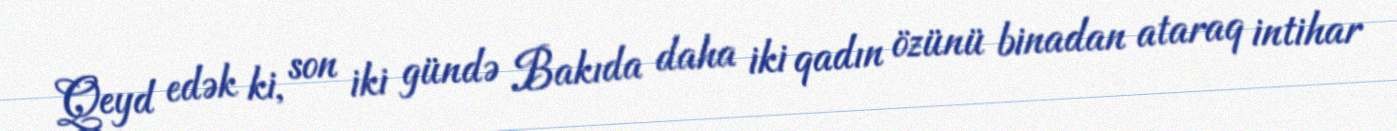
Qeyd edək ki, son iki gündə Bakıda daha iki qadın özünü binadan ataraq intihar